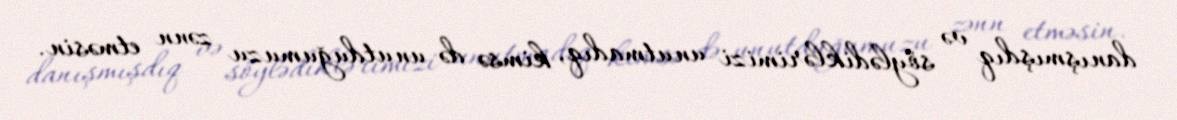
danışmışdıq və söylədiklərimizi unutmadıq, kimsə də unutduğumuzu zənn etməsin.